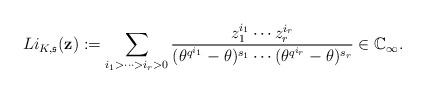
LaTeX: \begin{align*}Li_{K, \mathfrak{s}}({\bf z}):=\sum_{i_1>\cdots>i_r>0}\frac{z_1^{i_1}\cdots z_r^{i_r}}{(\theta^{q^{i_1}}-\theta)^{s_1}\cdots(\theta^{q^{i_r}}-\theta)^{s_r}}\in\mathbb{C}_{\infty}.\end{align*}